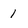
Character: 1